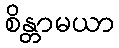
စိန္တာမယာ